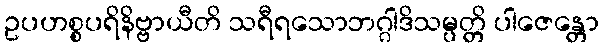
ဥပဟစ္စပရိနိဗ္ဗာယီတိ သရီရသောဘဂ္ဂါဒိသမ္ပတ္တိ ပါဇေန္တော